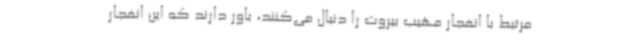
مرتبط با انفجار مهیب بیروت را دنبال می‌کنند، باور دارند که این انفجار